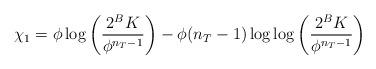
LaTeX: \begin{align*}\chi_1 = \phi \log \left( \frac{2^B K}{\phi^{n_T-1}}\right) -\phi(n_T-1) \log\log \left( \frac{2^B K}{\phi^{n_T-1}}\right)\end{align*}